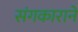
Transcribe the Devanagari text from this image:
संगकाराने